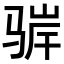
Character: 𬴁